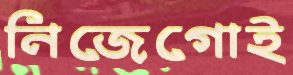
নিজেগোই